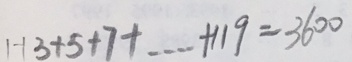
1 + 3 + 5 + 7 + \cdots + 1 1 9 = 3 6 0 0